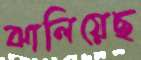
ঝালিয়েছ